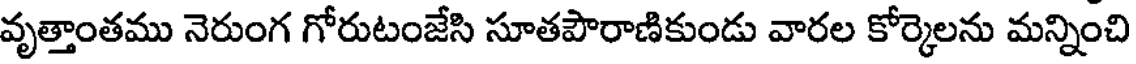
వృత్తాంతము నెరుంగ గోరుటంజేసి సూతపౌరాణికుండు వారల కోర్కెలను మన్నించి